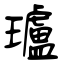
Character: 瓐